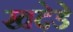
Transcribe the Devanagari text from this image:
खदेडे